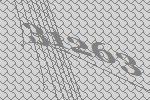
31263